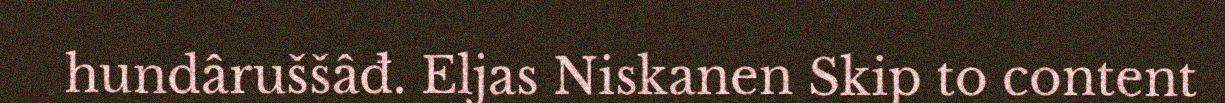
hundâruššâđ. Eljas Niskanen Skip to content